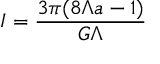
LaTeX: I = \frac { 3 \pi ( 8 \Lambda a - 1 ) } { G \Lambda }